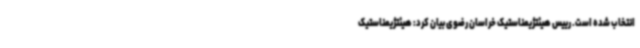
انتخاب شده است. رییس هیئتژیمناستیک خراسان رضوی بیان کرد: هیئتژیمناستیک